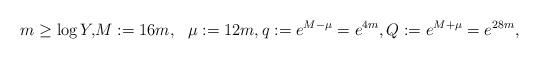
LaTeX: \begin{align*}m\geq \log Y, & M := 16 m, ~~\mu:=12 m,q:=e^{M-\mu}=e^{4m}, Q:=e^{M+\mu}=e^{28m}, \end{align*}